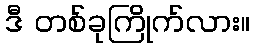
ဒီ တစ်ခုကြိုက်လား။